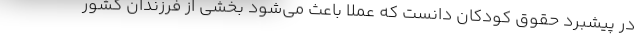
در پیشبرد حقوق کودکان دانست که عملاً باعث می‌شود بخشی از فرزندان کشور